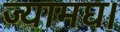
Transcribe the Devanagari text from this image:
ज्यामघ।